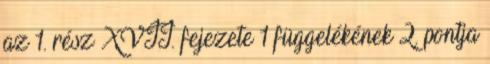
az 1. rész XVII. fejezete 1 függelékének 2. pontja